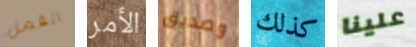
القمل الأمر وصديق كذلك علينا